Annual report of the Civil Veterinary Department, Bengal, for the year 1897-98 - 1897-1898
Year: 1897
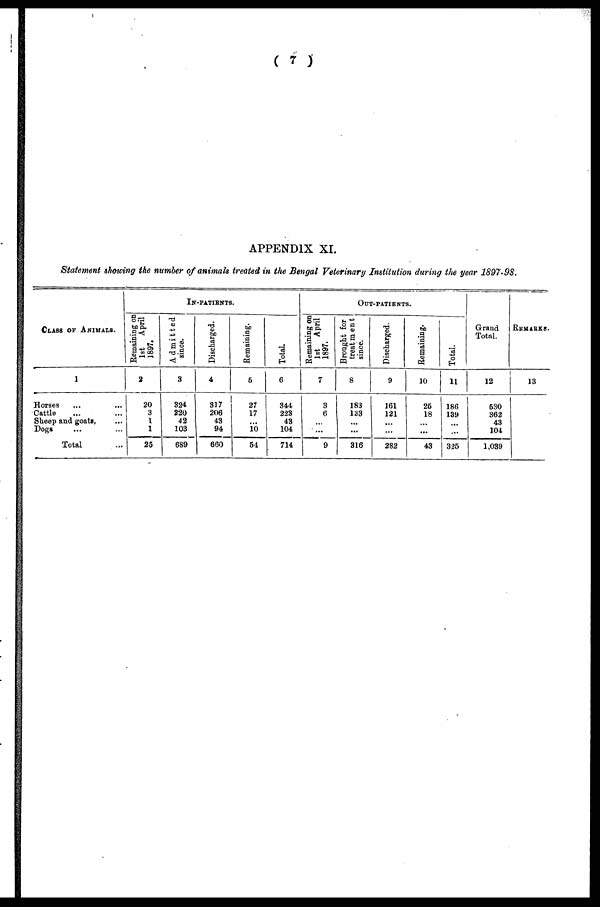
(
7
)
APPENDIX X I .
Statement
showing
the number
of animals
treated
in the Bengal
Veterinary
Institution
during
the year
1897-98.
CLASS OF ANIMALS.
1
Horses ... ...
Cattle ... ...
Sheep and goats, ...
Dogs ... ...
Total ...
Remaining on
1st
April
1897.
2
20
3
1
1
25
IN-PATIENTS.
Admitted
since.
3
324
220
42
103
689
Discharged.
4
317
206
43
94
660
Remaining.
5
27
17
...
10
54
Total.
6
344
223
43
104
714
Remaining on
1st
April
1897.
7
3
6
...
...
9
OUT-PATIENTS.
Brought for
treatment
since.
8
183
133
...
...
316
Discharged.
9
161
121
...
...
282
Remaining.
10
26
18
...
...
43
Total.
11
186
139
...
...
325
Grand
Total.
12
530
362
43
104
1,039
REMARKS.
13